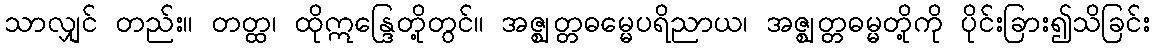
သာလျှင် တည်း။ တတ္ထ၊ ထိုဣန္ဒြေတို့တွင်။ အဇ္ဈတ္တဓမ္မေပရိညာယ၊ အဇ္ဈတ္တဓမ္မတို့ကို ပိုင်းခြား၍သိခြင်း